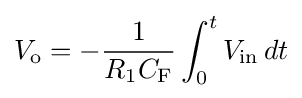
V_{\text{o}}=-{\frac {1}{R_{\text{1}}C_{\text{F}}}}\int _{0}^{t}V_{\text{in}}\,dt